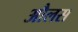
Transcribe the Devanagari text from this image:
औलस